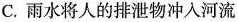
C.雨水将人的排泄物冲入河流